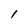
Character: I